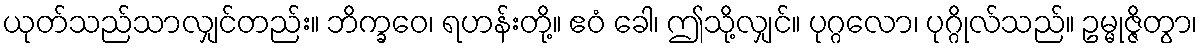
ယုတ်သည်သာလျှင်တည်း။ ဘိက္ခဝေ၊ ရဟန်းတို့။ ဧဝံ ခေါ၊ ဤသို့လျှင်။ ပုဂ္ဂလော၊ ပုဂ္ဂိုလ်သည်။ ဥမ္မုဇ္ဇိတွာ၊